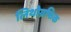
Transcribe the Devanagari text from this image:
लिथोग्रफिक